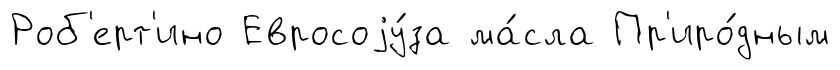
Роб'ерт'ино Евросоjу́за ма́сла Пр'иро́дным